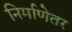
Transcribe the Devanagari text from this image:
निर्माणेतर